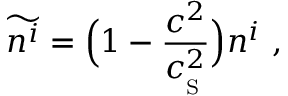
\widetilde { n ^ { i } } = \Big ( 1 - { \frac { c ^ { 2 } } { c _ { _ \mathrm { S } } ^ { 2 } } } \Big ) n ^ { i } \ ,